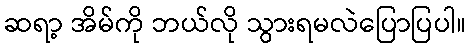
ဆရာ့ အိမ်ကို ဘယ်လို သွားရမလဲပြောပြပါ။